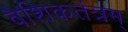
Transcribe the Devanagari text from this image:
वैशिकतंत्रम्